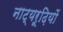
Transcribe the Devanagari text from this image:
नाट्यरूढ़ियों